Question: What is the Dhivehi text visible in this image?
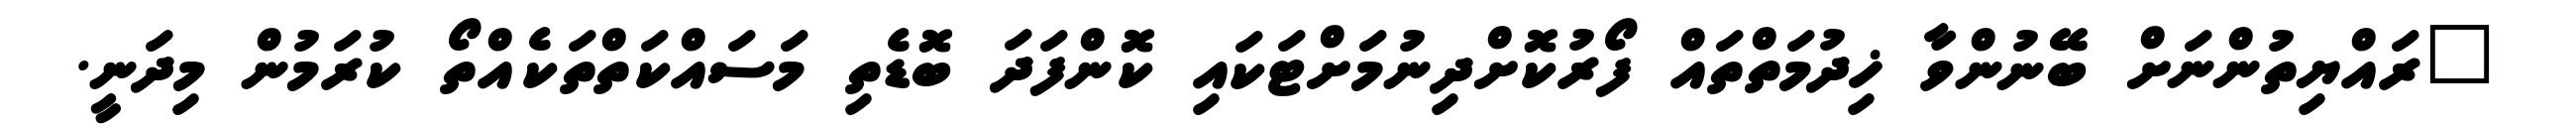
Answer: "ރައްޔިތުންނަށް ބޭނުންވާ ޚިދުމަތްތައް ފޯރުކޮށްދިނުމަށްޓަކައި ކޮންފަދަ ބޮޑެތި މަސައްކަތްތަކެއްތޯ ކުރަމުން މިދަނީ.